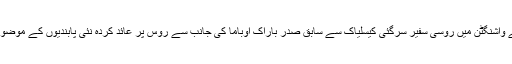
دسمبر میں فلین نے واشنگٹن میں روسی سفیر سرگئی کیسلیاک سے سابق صدر باراک اوباما کی جانب سے روس پر عائد کردہ نئی پابندیوں کے موضوع پر بات کی تھی۔